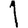
Digit: 1